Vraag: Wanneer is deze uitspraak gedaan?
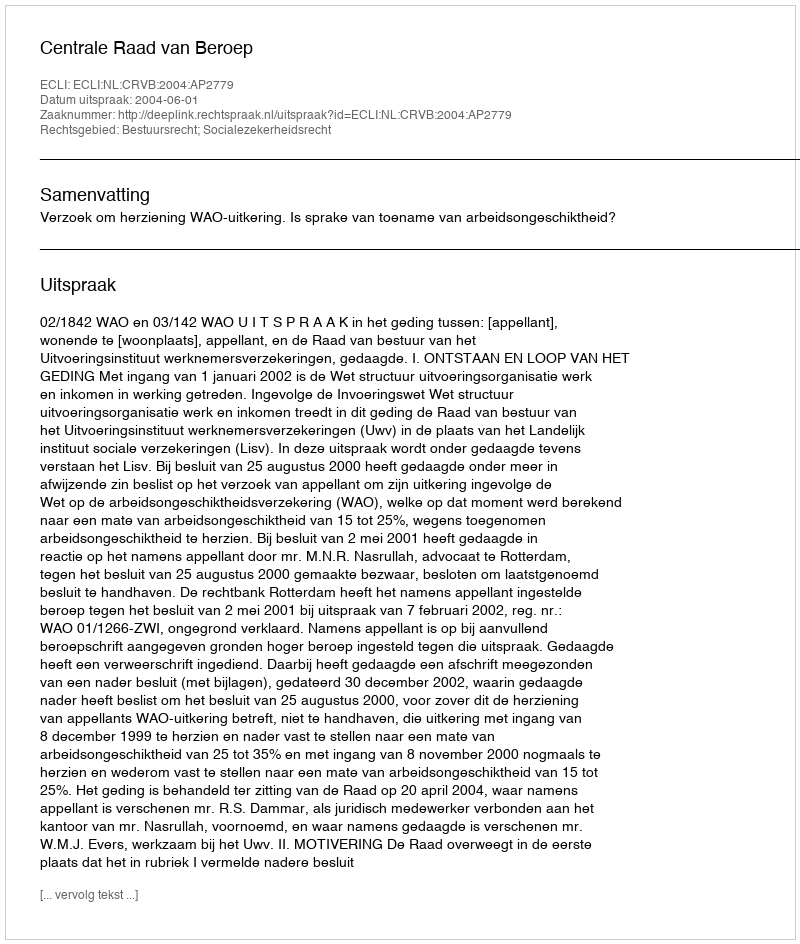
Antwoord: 2004-06-01